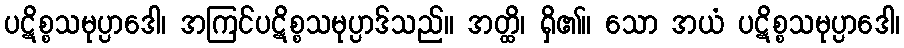
ပဋိစ္စသမုပ္ပာဒေါ၊ အကြင်ပဋိစ္စသမုပ္ပာဒ်သည်။ အတ္ထိ၊ ရှိ၏။ သော အယံ ပဋိစ္စသမုပ္ပာဒေါ၊